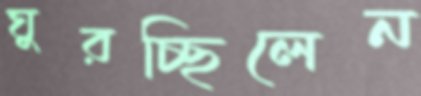
ঘুরচ্ছিলেন